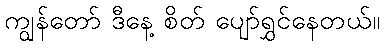
ကျွန်တော် ဒီနေ့ စိတ် ပျော်ရွှင်နေတယ်။